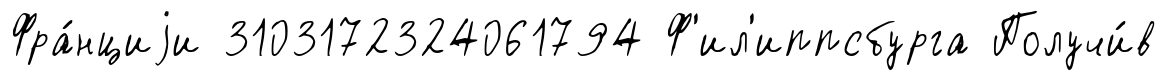
Фра́нциjи 3103172324061794 Ф'ил'иппсбурга Получи́в